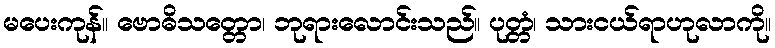
မပေးကုန်။ ဗောဓိသတ္တော၊ ဘုရားလောင်းသည်။ ပုတ္တံ၊ သားငယ်ရာဟုလာကို။